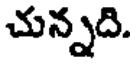
చున్నది.